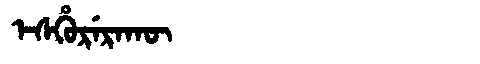
Manchu: ᡝᠰᡥᡠᡵᡝᡵᠠᡴᡡ
Romanization: ESHURERAKŪ